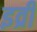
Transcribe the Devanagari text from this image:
इव्री